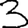
Digit: 3